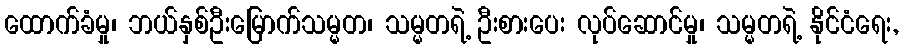
ထောက်ခံမှု၊ ဘယ်နှစ်ဦးမြောက်သမ္မတ၊ သမ္မတရဲ့ ဦးစားပေး လုပ်ဆောင်မှု၊ သမ္မတရဲ့ နိုင်ငံရေး,